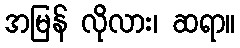
အမြန် လိုလား၊ ဆရာ။